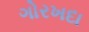
ગોરખદા